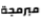
مبرمجة